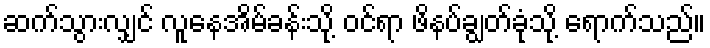
ဆက်သွားလျှင် လူနေအိမ်ခန်းသို့ ဝင်ရာ ဖိနပ်ချွတ်ခုံသို့ ရောက်သည်။